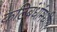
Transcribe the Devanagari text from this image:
कटिबंधांमधील